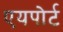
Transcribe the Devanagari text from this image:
एयपोर्ट